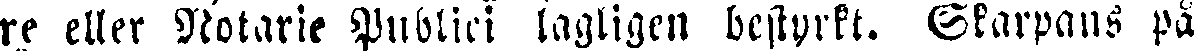
re eller Notarie Publici lagligen bestyrkt. Skarpans på